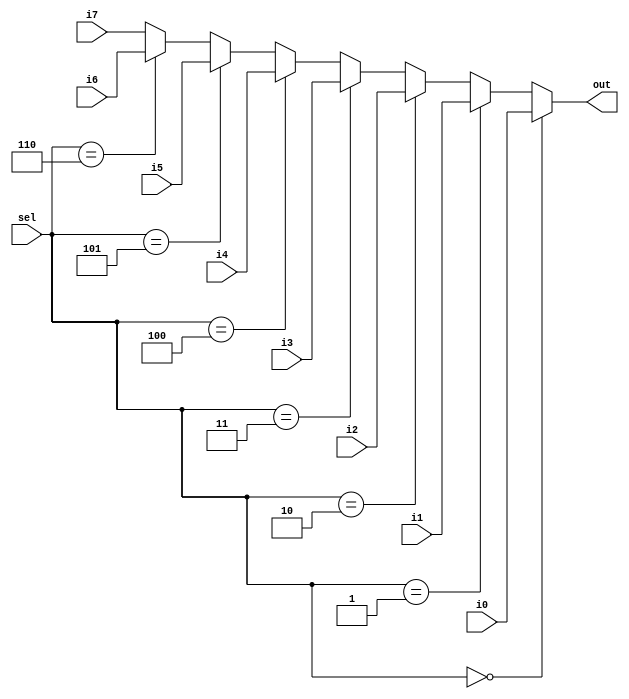
/******************************************************************************
 * Package Module Name	: Elliptic Curve Cryptoprocessor for GF(2^233)
 * Date of Creation		: 3/Apr/2008
 * Type	of file			: Verilog source code
 * Synopsis			    : 8:1 bit Mux
 ******************************************************************************/

`ifndef __MUX8_V__
`define __MUX8_V__

module mux8(i0, i1, i2, i3, i4, i5, i6, i7, sel, out);

input wire [232:0] i0, i1, i2, i3, i4, i5, i6, i7;
input wire [2:0] sel;
output wire [232:0] out;

assign out = (sel == 3'd0) ? i0 
           : ((sel == 3'd1) ? i1
		   : ((sel == 3'd2) ? i2
		   : ((sel == 3'd3) ? i3
		   : ((sel == 3'd4) ? i4
		   : ((sel == 3'd5) ? i5
		   : ((sel == 3'd6) ? i6
		   : i7))))));

endmodule

`endif